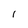
Character: I